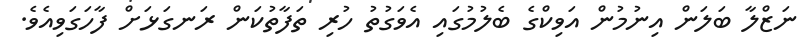
ނަޒްލާ ބަލަން އިނުމުން އަވިކްގެ ބެލުމުގައި އެވަގުތު ހުރި ތަފާތުކަން ރަނގަޅަށް ފާހަގަވިއެވެ.